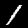
Digit: 1